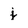
Character: j